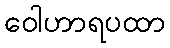
ဝေါဟာရပထာ